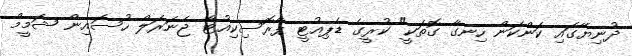
ދުނިޔޭގައި ކަންކަން ހިނގާ ގޮތަކީ" ކުރީގެ ޑެޕިއުޓީ ޕްރޮސިކިއުޓާ ޖެނަރަލް ހުސައިން ޝަމީމް